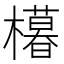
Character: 𣞩